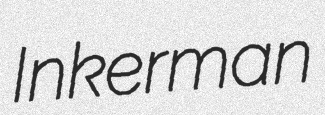
Inkerman